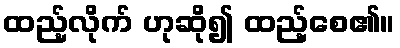
ထည့်လိုက် ဟုဆို၍ ထည့်စေ၏။